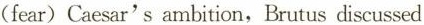
(fear)Caesar's ambition,Brutus discussed